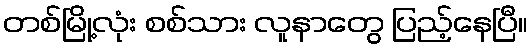
တစ်မြို့လုံး စစ်သား လူနာတွေ ပြည့်နေပြီ။